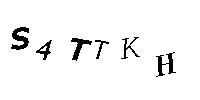
S4TTKH